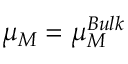
\mu _ { M } = \mu _ { M } ^ { B u l k }